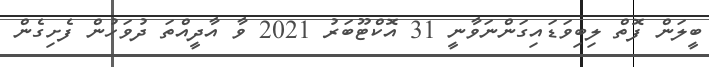
ބީލަން ފޮތް ލިބިވަޑައިގަންނަވާނީ 31 އޮކްޓޫބަރު 2021 ވާ އާދީއްތަ ދުވަހުން ފެށިގެން